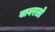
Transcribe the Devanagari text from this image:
वावरलो